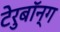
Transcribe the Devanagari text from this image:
टेरुबॉन्ग